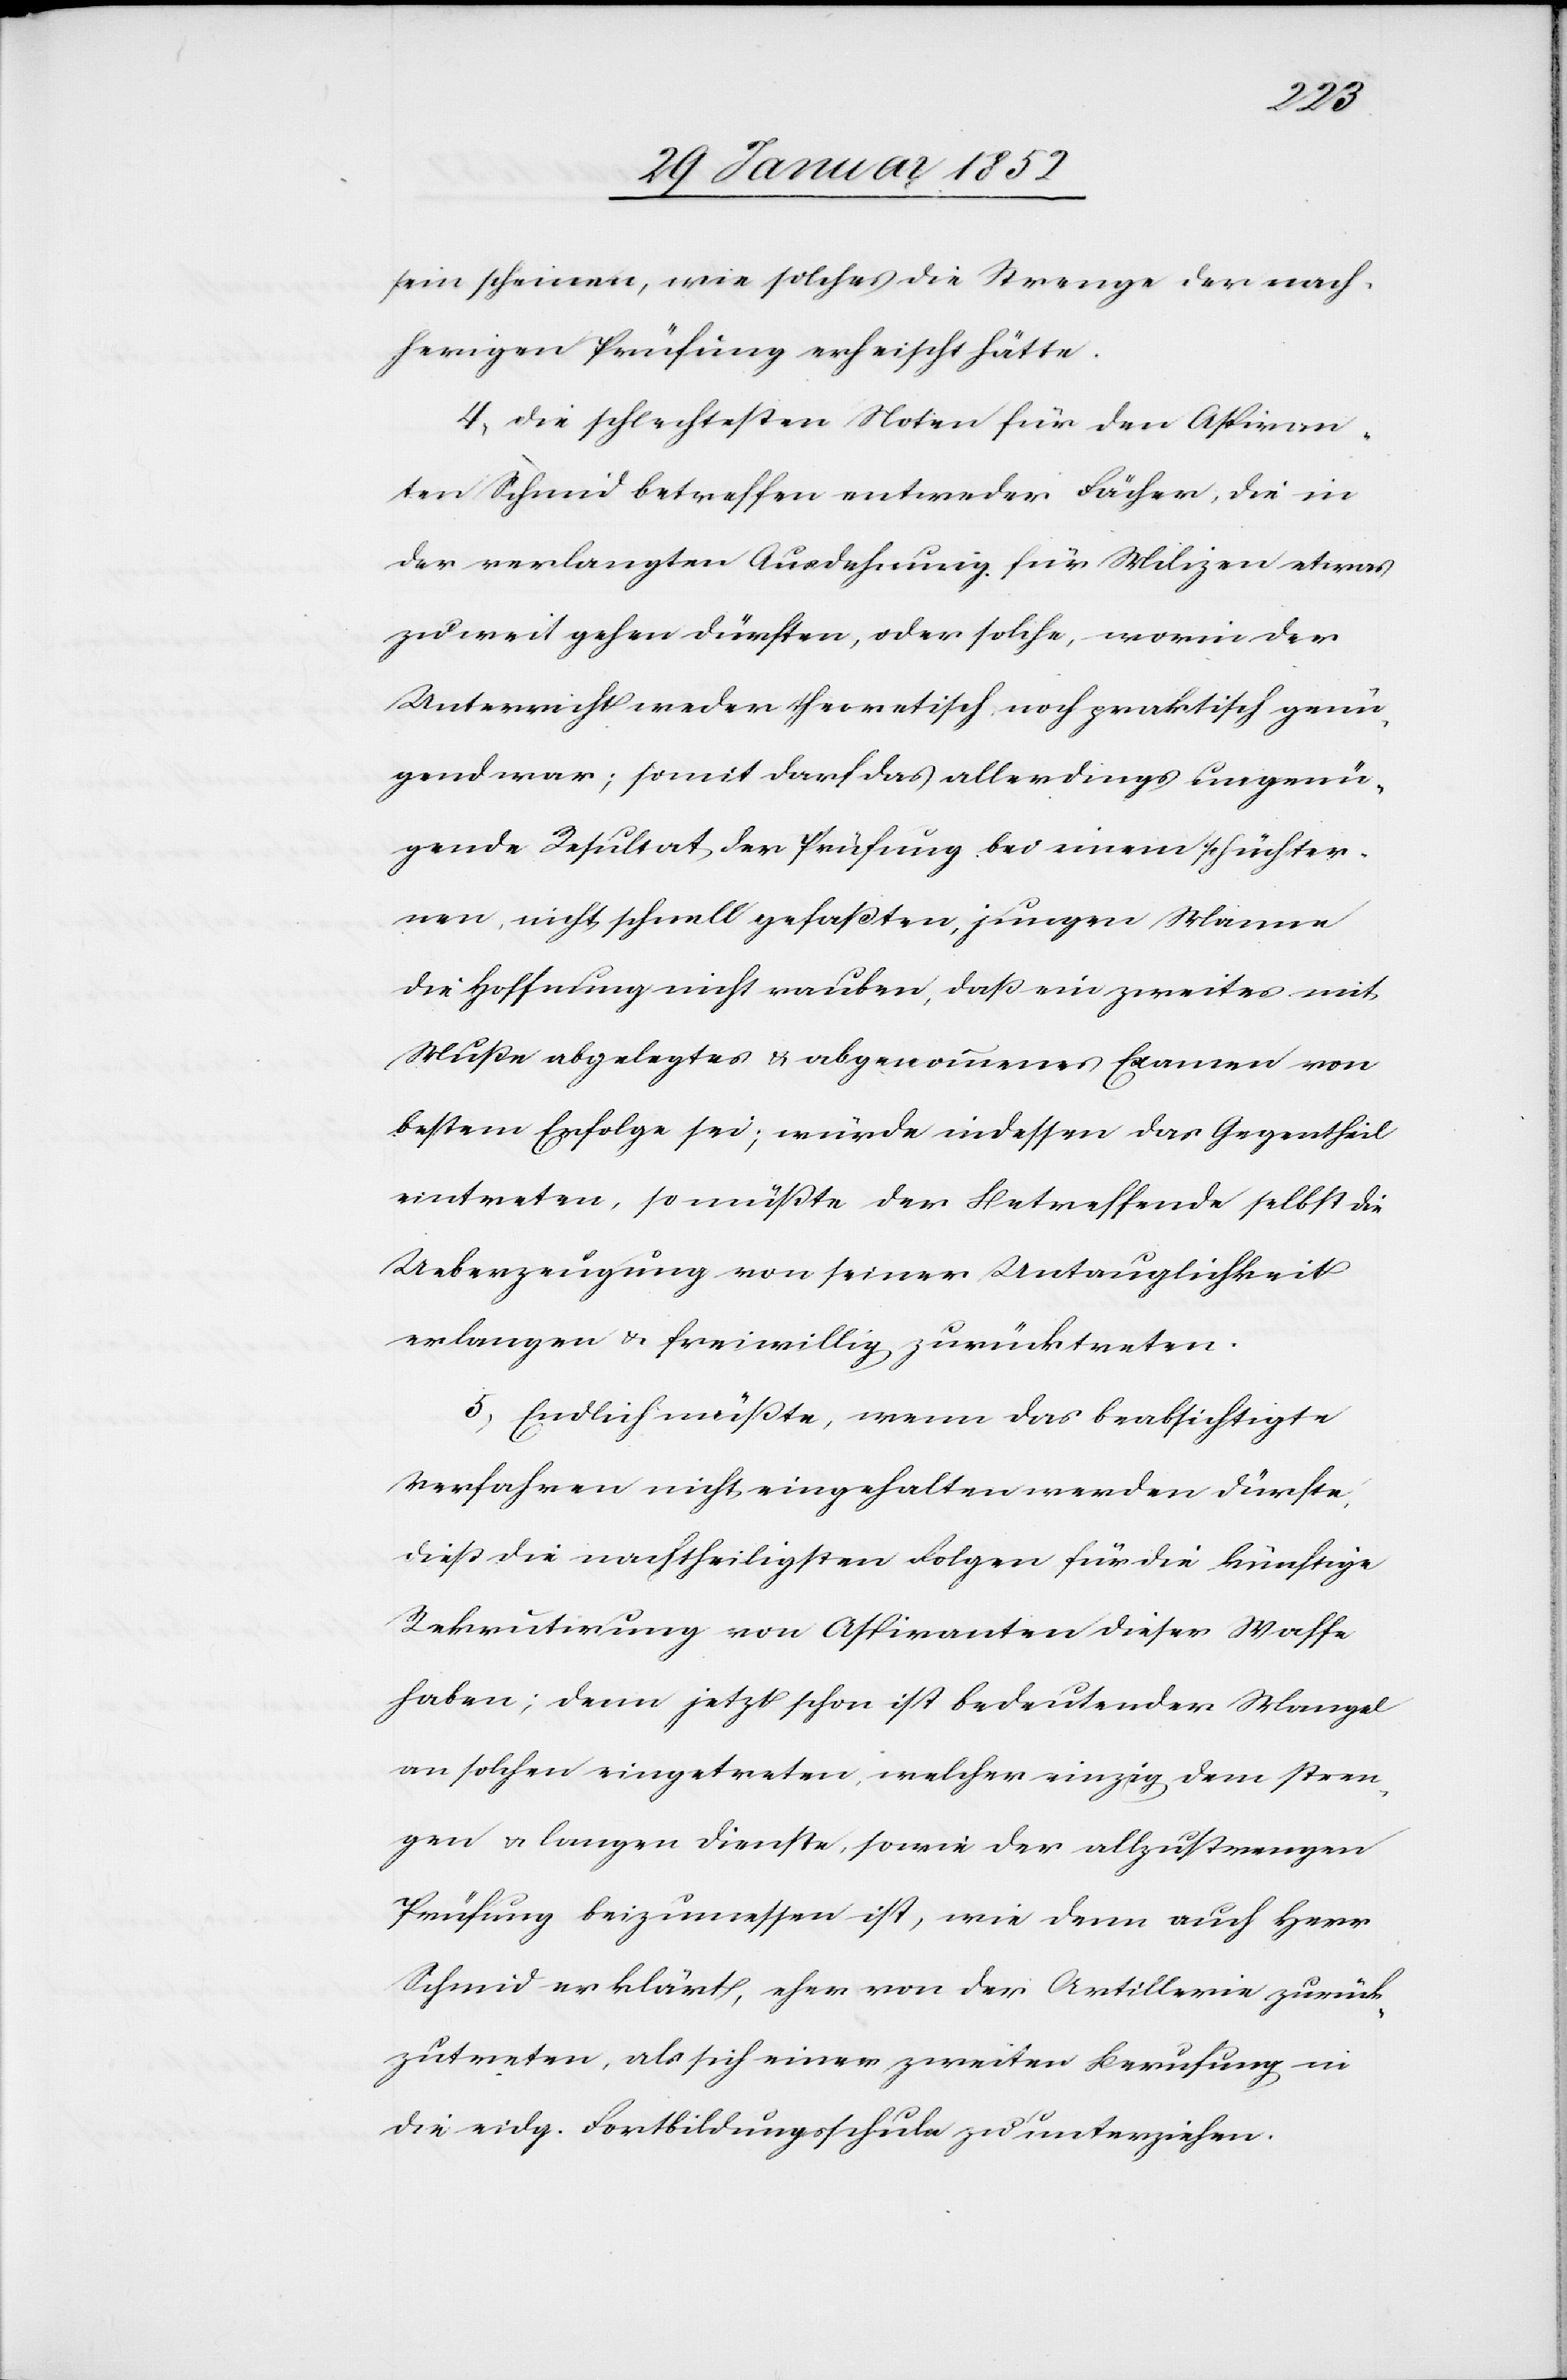
sein scheinen, wie solches die Strenge der nach¬
herigen Prüfung erheischt hätte.
4) die schlechtesten Noten für den Aspiran¬
ten Schmid betreffen entweder Fächer, die in
der verlangten Ausdehnung für Milizen etwas
zu weit gehen dürften, oder solche, worin der
Unterricht weder thematisch noch praktisch genü¬
gend war; somit darf das allerdings ungenü¬
gende Resultat der Prüfung bei einem schüchter¬
nen, nicht schnell gefaßten, jungen Mannen
die Hoffnung nicht rauben, daß ein zweites mit
Muße abgelegtes u. abgenommenes Examen von
bestem Erfolg sei; würde indessen das Gegentheil
eintreten, so müßte der Betreffende selbst die
Ueberzeugung von seiner Untauglichkeit
erlangen u. freiwillig zurücktreten.
5) Endlich müßte, wenn das beabsichtigte
Verfahren nicht eingehalten werden dürfte,
dieß die nachtheiligsten Folgen für die künftige
Rekrutirung von Aspiranten dieser Waffe
haben; denn jetzt schon ist bedeutender Mangel
an solchen eingetreten, welcher einzig dem stren¬
gen u. langen Dienste, sowie der allzustrengen
Prüfung beizumessen ist, wie denn auch Herr
Schmid erklärt, eher von der Artillerie zurück¬
zutreten, als sich einer zweiten Berufung in
die eidg. Fortbildungsschule zu unterziehen.